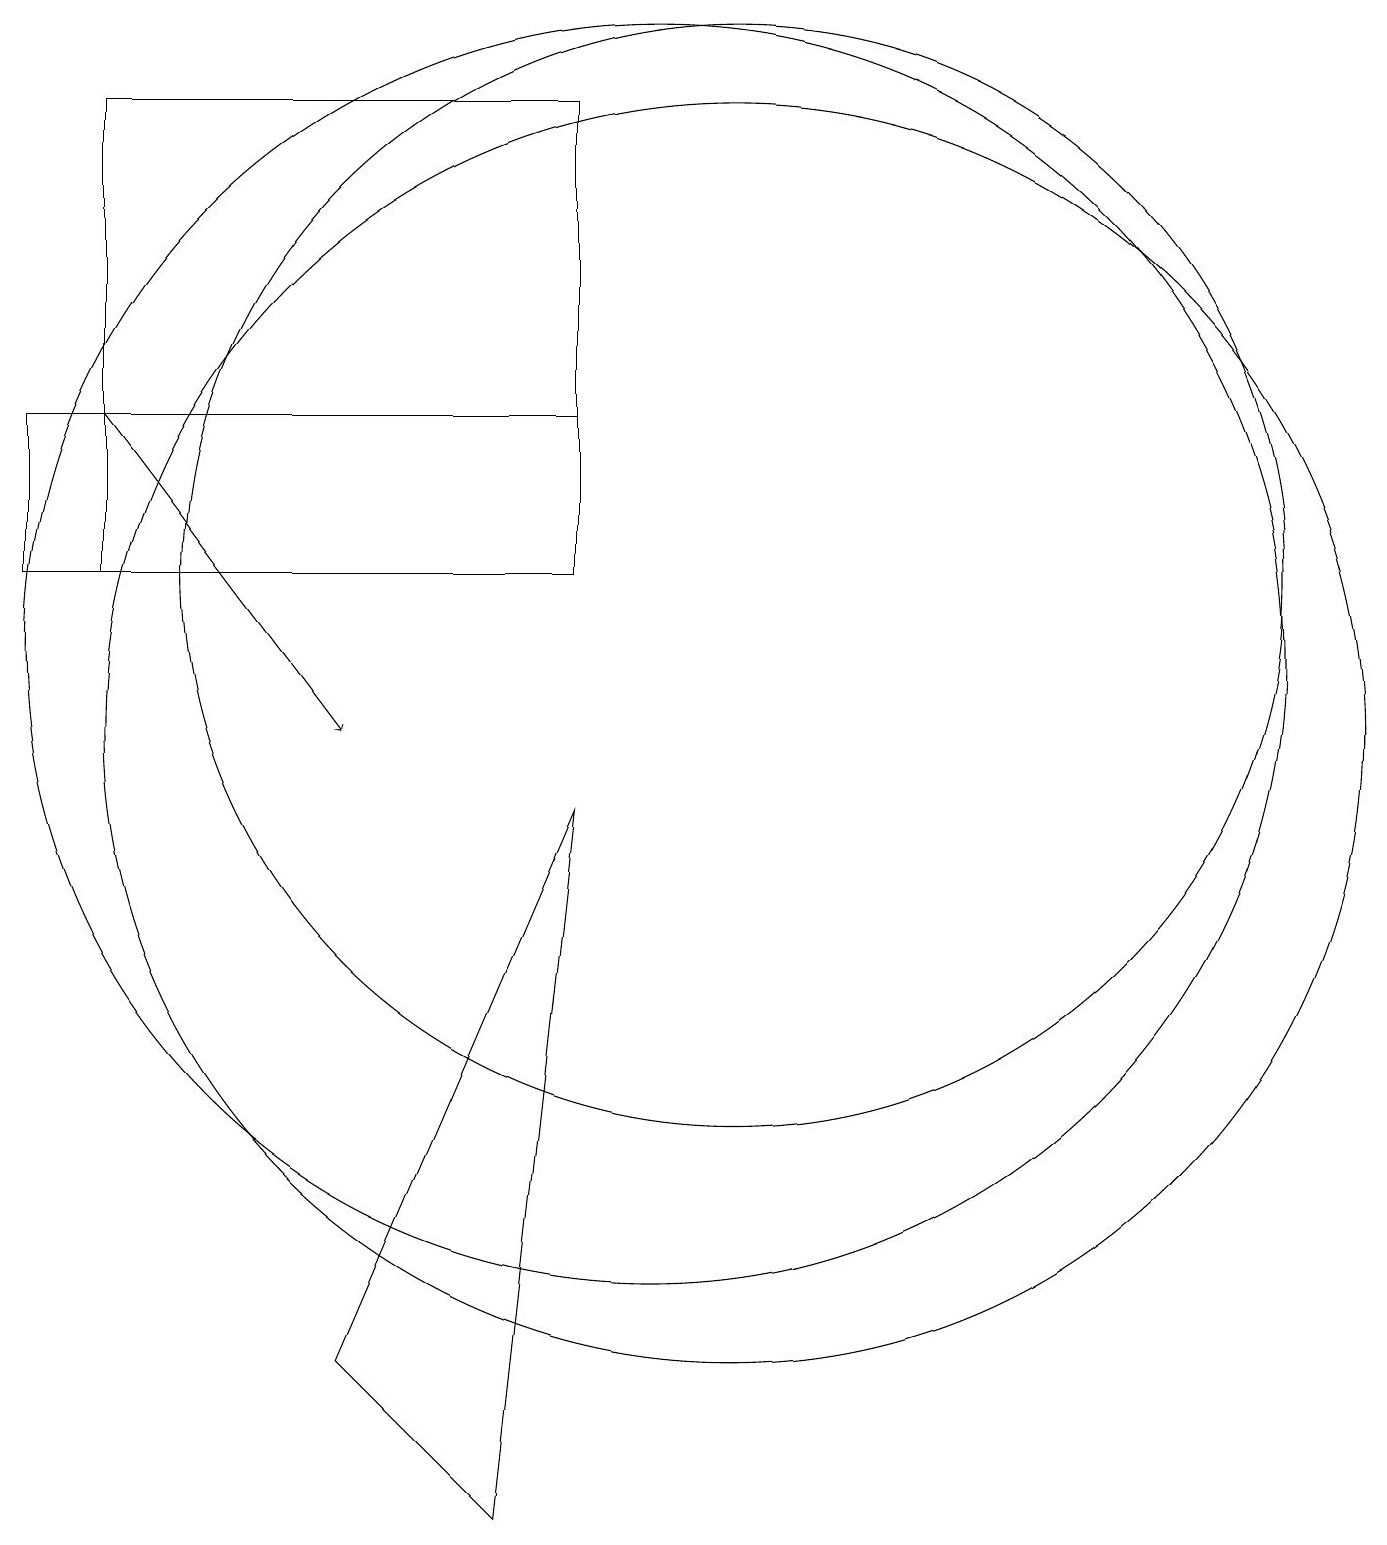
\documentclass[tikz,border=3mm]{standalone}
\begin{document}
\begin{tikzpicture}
\draw (10,11) circle (8);
\draw (11,10) circle (8);
\draw (2,14) rectangle (9,12);
\draw[->] (3,14) -- (6,10);
\draw (8,0) -- (6,2) -- (9,9) -- cycle;
\draw (11,12) circle (7);
\draw (9,18) rectangle (3,12);
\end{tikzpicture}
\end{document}